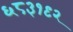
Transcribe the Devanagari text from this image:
६८३१९२